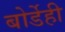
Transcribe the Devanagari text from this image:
बोर्डेही